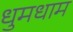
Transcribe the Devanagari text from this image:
धुमधाम